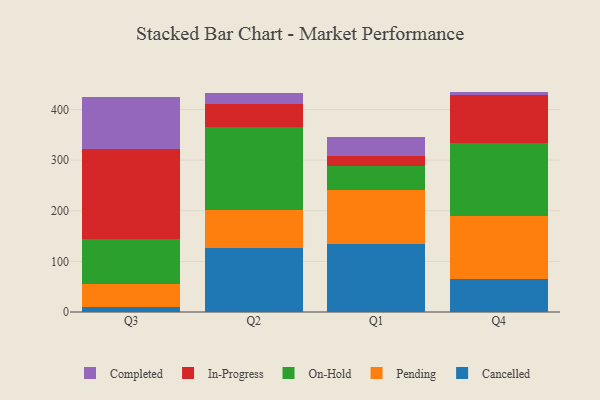
{"axis": {"x": "Quarter", "y": "Conversion Rate (%)"}, "legend": ["Cancelled", "Completed", "In-Progress", "On-Hold", "Pending"], "data": [{"x": "Q3", "y": 9.6, "type": "Cancelled"}, {"x": "Q3", "y": 46.4, "type": "Pending"}, {"x": "Q3", "y": 87.3, "type": "On-Hold"}, {"x": "Q3", "y": 179.4, "type": "In-Progress"}, {"x": "Q3", "y": 101.5, "type": "Completed"}, {"x": "Q2", "y": 127.3, "type": "Cancelled"}, {"x": "Q2", "y": 74.2, "type": "Pending"}, {"x": "Q2", "y": 163.6, "type": "On-Hold"}, {"x": "Q2", "y": 46.3, "type": "In-Progress"}, {"x": "Q2", "y": 20.4, "type": "Completed"}, {"x": "Q1", "y": 134.3, "type": "Cancelled"}, {"x": "Q1", "y": 107.5, "type": "Pending"}, {"x": "Q1", "y": 47.2, "type": "On-Hold"}, {"x": "Q1", "y": 18.8, "type": "In-Progress"}, {"x": "Q1", "y": 38.0, "type": "Completed"}, {"x": "Q4", "y": 65.0, "type": "Cancelled"}, {"x": "Q4", "y": 125.3, "type": "Pending"}, {"x": "Q4", "y": 143.8, "type": "On-Hold"}, {"x": "Q4", "y": 95.5, "type": "In-Progress"}, {"x": "Q4", "y": 5.9, "type": "Completed"}]}